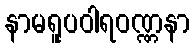
နာမရူပဝါရဝဏ္ဏနာ